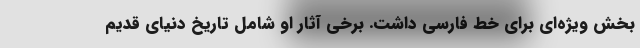
بخش ویژه‌ای برای خط فارسی داشت. برخی آثار او شامل تاریخ دنیای قدیم